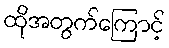
ထိုအတွက်ကြောင့်